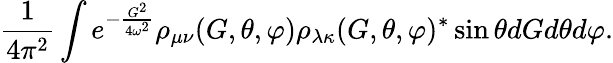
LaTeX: \frac{1}{4\pi^{2}}\int e^{-\frac{G^{2}}{4\omega^{2}}}\rho_{\mu\nu}(G,\theta,\varphi)\rho_{\lambda\kappa}(G,\theta,\varphi)^{*}\sin\theta dGd\theta d\varphi.